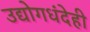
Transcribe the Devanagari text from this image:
उद्योगधंदेही